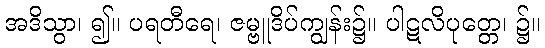
အဒိသွာ၊ ၍။ ပရတီရေ၊ ဇမ္ဗူဒိပ်ကျွန်း၌။ ပါဋလိပုတ္တေ၊ ၌။